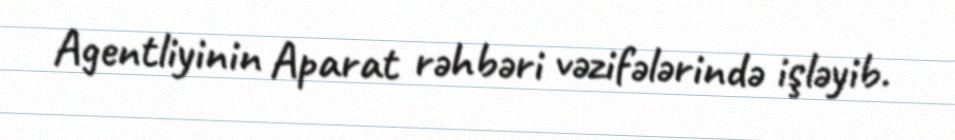
Agentliyinin Aparat rəhbəri vəzifələrində işləyib.